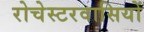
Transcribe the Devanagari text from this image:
रोचेस्टरवासियों